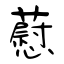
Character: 藯